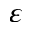
\varepsilon